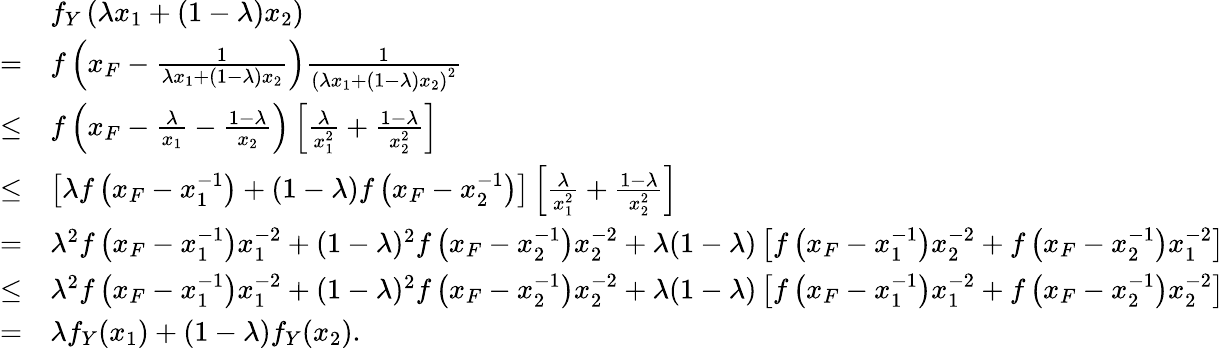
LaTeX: \begin{array}{rl}&{f_{Y}\left(\lambda x_{1}+(1-\lambda)x_{2}\right)}\\ {=}&{f\left(x_{F}-\frac{1}{\lambda x_{1}+(1-\lambda)x_{2}}\right)\frac{1}{\left(\lambda x_{1}+(1-\lambda)x_{2}\right)^{2}}}\\ {\leq}&{f\left(x_{F}-\frac{\lambda}{x_{1}}-\frac{1-\lambda}{x_{2}}\right)\left[\frac{\lambda}{x_{1}^{2}}+\frac{1-\lambda}{x_{2}^{2}}\right]}\\ {\leq}&{\left[\lambda f\left(x_{F}-x_{1}^{-1}\right)+(1-\lambda)f\left(x_{F}-x_{2}^{-1}\right)\right]\left[\frac{\lambda}{x_{1}^{2}}+\frac{1-\lambda}{x_{2}^{2}}\right]}\\ {=}&{\lambda^{2}f\left(x_{F}-x_{1}^{-1}\right)x_{1}^{-2}+(1-\lambda)^{2}f\left(x_{F}-x_{2}^{-1}\right)x_{2}^{-2}+\lambda(1-\lambda)\left[f\left(x_{F}-x_{1}^{-1}\right)x_{2}^{-2}+f\left(x_{F}-x_{2}^{-1}\right)x_{1}^{-2}\right]}\\ {\leq}&{\lambda^{2}f\left(x_{F}-x_{1}^{-1}\right)x_{1}^{-2}+(1-\lambda)^{2}f\left(x_{F}-x_{2}^{-1}\right)x_{2}^{-2}+\lambda(1-\lambda)\left[f\left(x_{F}-x_{1}^{-1}\right)x_{1}^{-2}+f\left(x_{F}-x_{2}^{-1}\right)x_{2}^{-2}\right]}\\ {=}&{\lambda f_{Y}(x_{1})+(1-\lambda)f_{Y}(x_{2}).}\end{array}